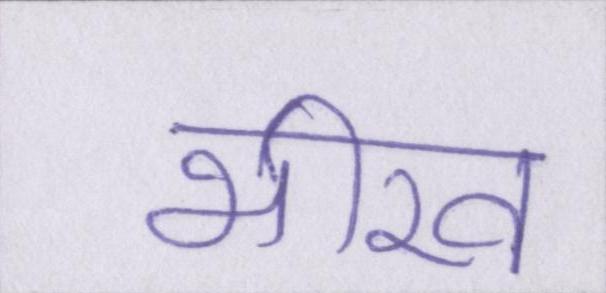
भीख